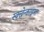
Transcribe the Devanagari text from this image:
स्क्ल्रेन्काइमा